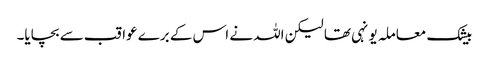
بیشک معاملہ یونہی تھا لیکن اللہ نے اس کے برے عواقب سے بچایا۔